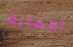
الإصابة